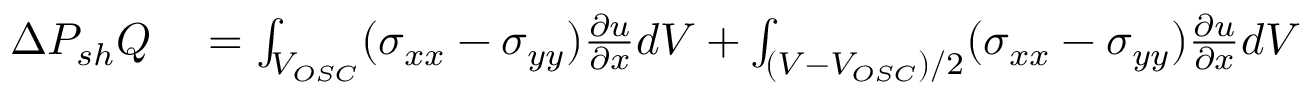
\begin{array} { r l } { \Delta P _ { s h } Q } & { { } = \int _ { V _ { O S C } } ( \sigma _ { x x } - \sigma _ { y y } ) \frac { \partial u } { \partial x } d V + \int _ { ( V - V _ { O S C } ) / 2 } ( \sigma _ { x x } - \sigma _ { y y } ) \frac { \partial u } { \partial x } d V } \end{array}